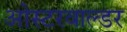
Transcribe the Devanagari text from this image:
ओस्टरवाल्डर